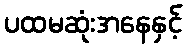
ပထမဆုံးအနေနှင့်